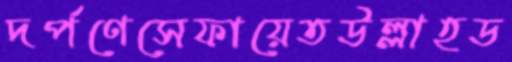
দর্পণেসেফায়েতউল্লাহড